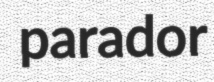
parador